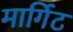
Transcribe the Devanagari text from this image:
मार्गिट